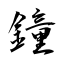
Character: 鐘